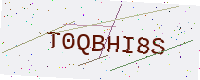
Text: T0QBHI8S